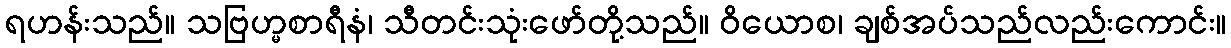
ရဟန်းသည်။ သဗြဟ္မစာရီနံ၊ သီတင်းသုံးဖော်တို့သည်။ ဝိယောစ၊ ချစ်အပ်သည်လည်းကောင်း။